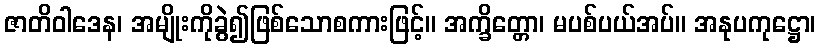
ဇာတိဝါဒေန၊ အမျိုးကိုခွဲ၍ဖြစ်သောစကားဖြင့်။ အက္ခိတ္တော၊ မပစ်ပယ်အပ်။ အနုပကုဋ္ဌော၊